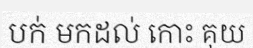
បក់ មកដល់ កោះ គុយ